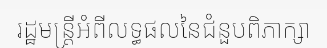
រដ្ឋមន្ត្រីអំពីលទ្ធផលនៃជំនួបពិភាក្សា